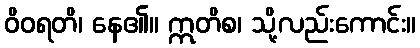
ဝိဝရတိ၊ နေ၏။ ဣတိစ၊ သို့လည်းကောင်း။